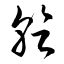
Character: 乾